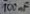
Text: 100µF